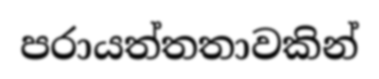
පරායත්තතාවකින්